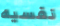
نفسيه